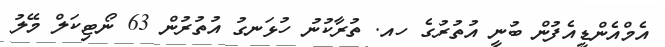
އެމްއެންޑީއެފުން ބުނީ އުތުރުގެ ހއ. ތުރާކުނު ހުޅަނގު އުތުރުން 63 ނޯޓިކަލް މޭލު